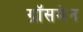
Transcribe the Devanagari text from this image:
ग्रॉसमेन